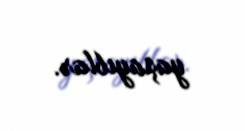
yaşayıblar.